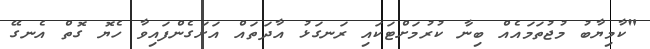
"ކާމިޔާބު މުޖުތަމައެއް ބިނާ ކުރުމަށްޓަކައި ރަނގަޅު އާދަތައް އަށަގެންފައިވާ ހެޔޮ ގޮތް އެނގޭ